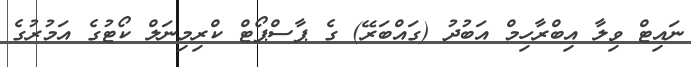
ނައިޓް ވިލާ އިބްރާހިމް އަބުދު (ގައްބަރޭ) ގެ ޕާސްޕޯޓް ކްރިމިނަލް ކޯޓުގެ އަމުރުގެ